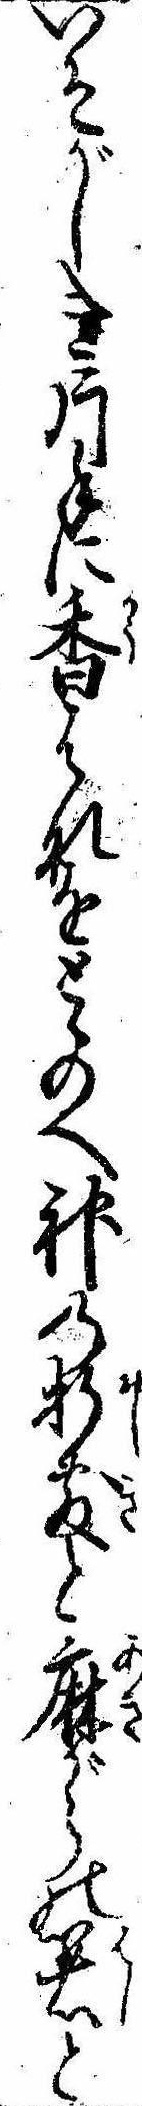
いそがしき片手に香はなをとゝのへ神の折敷と麻がらの箸と